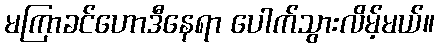
မကြာခင်ဟောဒီနေရာ ပေါက်သွားလိမ့်မယ်။